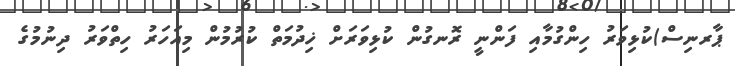
ޕާރނިސް)ކުޅިވަރު ހިންގުމާއި ފަންނީ ރޮނގުން ކުޅިވަރަށް ޚިދުމަތް ކުރުމުން މިއަހަރު ހިތްވަރު ދިނުމުގެ